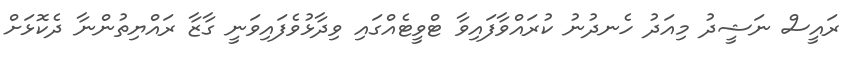
ރައީސް ނަޝީދު މިއަދު ހެނދުނު ކުރައްވާފައިވާ ޓްވީޓެއްގައި ވިދާޅުވެފައިވަނީ ގާޒާ ރައްޔިތުންނާ ދެކޮޅަށް